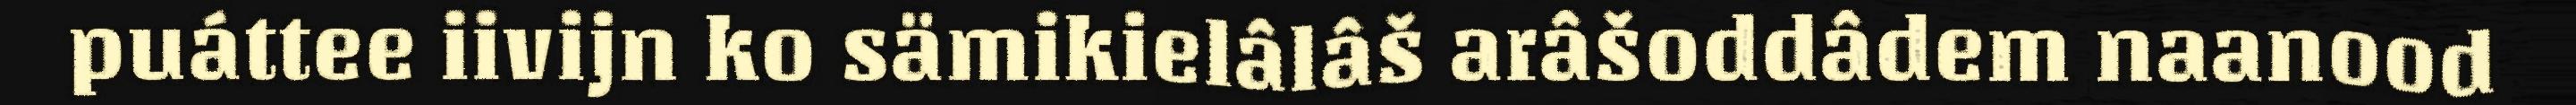
puáttee iivijn ko sämikielâlâš arâšoddâdem naanood